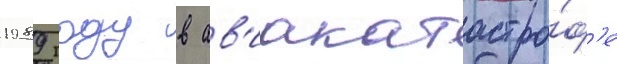
1989 году в ав'иакатастро́ф'е